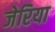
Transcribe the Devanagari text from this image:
जेरिया